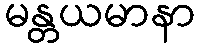
မန္တယမာနာ